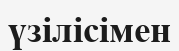
үзілісімен